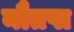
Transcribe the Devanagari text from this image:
नौतपा